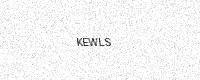
Text: KEWLS